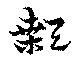
顙